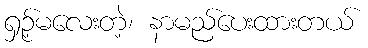
ရှဉ့်မလေးတဲ့၊ နာမည်ပေးထားတယ်